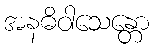
အနဓိဝါသေန္တော